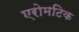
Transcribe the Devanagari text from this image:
एरोमटिक